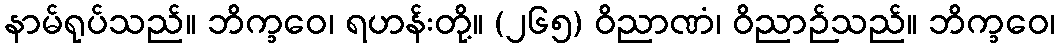
နာမ်ရုပ်သည်။ ဘိက္ခဝေ၊ ရဟန်းတို့။ (၂၆၅) ဝိညာဏံ၊ ဝိညာဉ်သည်။ ဘိက္ခဝေ၊